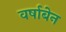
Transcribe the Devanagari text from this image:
वर्षाबेन